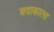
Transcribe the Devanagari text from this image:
अवाकात्ल